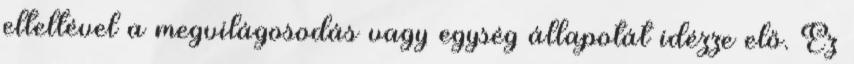
elteltével a megvilágosodás vagy egység állapotát idézze elő. Ez